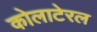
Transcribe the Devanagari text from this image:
कोलाटेरल